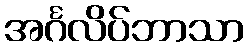
အင်္ဂလိပ်ဘာသာ